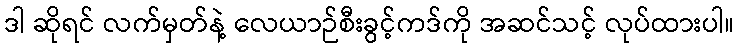
ဒါ ဆိုရင် လက်မှတ်နဲ့ လေယာဉ်စီးခွင့်ကဒ်ကို အဆင်သင့် လုပ်ထားပါ။